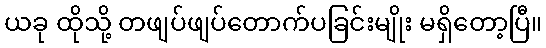
ယခု ထိုသို့ တဖျပ်ဖျပ်တောက်ပခြင်းမျိုး မရှိတော့ပြီ။